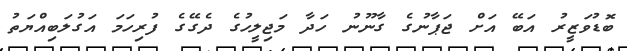
ބޮޑުވަޒީރު އަބޭ އަށް ޖަޕާނުގެ ގާނޫނު ހަދާ މަޖިލީހުގެ ދެގޭގެ ފުރިހަމަ އަގުލަބިއްޔަތު